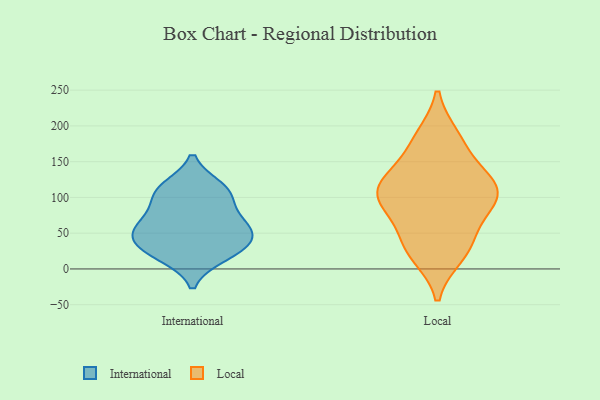
{"axis": {"x": "Operating Costs (USD K)", "y": "Value"}, "legend": ["International", "Local"], "data": [{"x": "", "y": 65, "type": "International"}, {"x": "", "y": 57, "type": "International"}, {"x": "", "y": 102, "type": "International"}, {"x": "", "y": 65, "type": "International"}, {"x": "", "y": 108, "type": "International"}, {"x": "", "y": 41, "type": "International"}, {"x": "", "y": 37, "type": "International"}, {"x": "", "y": 113, "type": "International"}, {"x": "", "y": 19, "type": "International"}, {"x": "", "y": 25, "type": "International"}, {"x": "", "y": 176, "type": "Local"}, {"x": "", "y": 120, "type": "Local"}, {"x": "", "y": 95, "type": "Local"}, {"x": "", "y": 184, "type": "Local"}, {"x": "", "y": 103, "type": "Local"}, {"x": "", "y": 119, "type": "Local"}, {"x": "", "y": 100, "type": "Local"}, {"x": "", "y": 77, "type": "Local"}, {"x": "", "y": 30, "type": "Local"}, {"x": "", "y": 20, "type": "Local"}, {"x": "", "y": 40, "type": "Local"}, {"x": "", "y": 131, "type": "Local"}]}